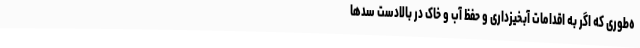
ه‌طوری که اگر به اقدامات آبخیزداری و حفظ آب و خاک در بالادست سدها